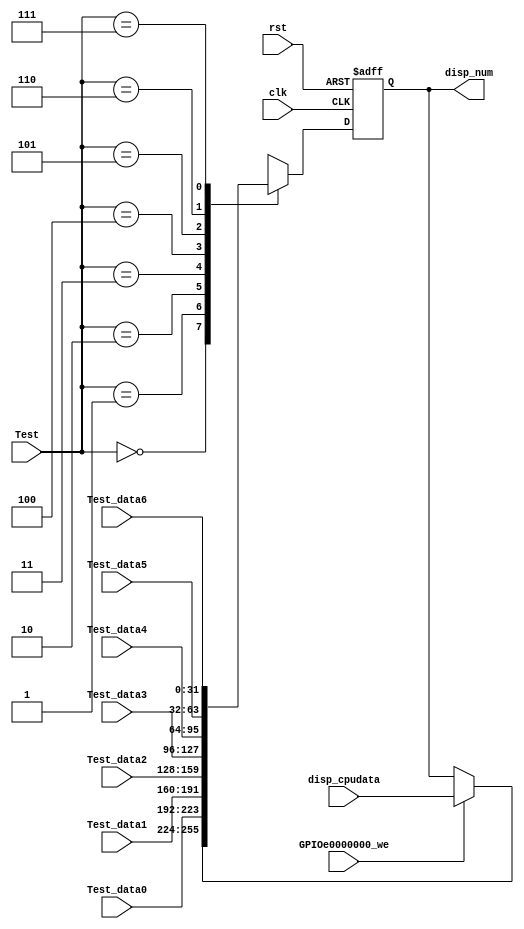
`timescale 1ns / 1ps

module seven_seg_Dev_IO( input clk,
							input rst,
							input GPIOe0000000_we,
							input [2:0] Test,
							input [31:0] disp_cpudata,
							input [31:0] Test_data0,
							input [31:0] Test_data1,
							input [31:0] Test_data2,
							input [31:0] Test_data3,
							input [31:0] Test_data4,
							input [31:0] Test_data5,
							input [31:0] Test_data6,						 						 
							output reg [31: 0] disp_num						 
						);
	//reg [31: 0] disp_num;
	always @(negedge clk or posedge rst) begin
	if(rst)
		disp_num <= 32'hAA5555AA;
	else begin
		case(Test) //SW[7:5]
		    0: begin if(GPIOe0000000_we) 
								disp_num <= disp_cpudata; 
						 else disp_num <= disp_num; 
				 end
//1: disp_num <={2'b00,Test_data0[31:2]}; //pc[31:2]
			1: disp_num <={Test_data0};    //               001
			2: disp_num <=Test_data1[31:0]; //counter[31:0]
			3: disp_num <= Test_data2; //Inst
			4: disp_num <=Test_data3; //addr_bus
			5: disp_num <=Test_data4; //Cpu_data2bus;
			6: disp_num <=Test_data5; //Cpu_data4bus;
			7: disp_num <=Test_data6; //pc;
					endcase end
			end

endmodule